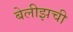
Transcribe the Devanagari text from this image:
बेलीझची